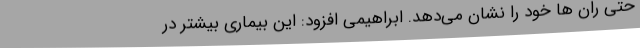
حتی ران ها خود را نشان می‌دهد. ابراهیمی افزود: این بیماری بیشتر در